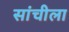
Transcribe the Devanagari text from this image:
सांचीला